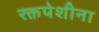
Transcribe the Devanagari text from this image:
रक्तपेशीना